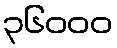
၃၆၀၀၀